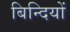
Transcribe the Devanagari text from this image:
बिन्दियों